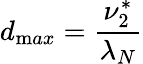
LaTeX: d_{\mathrm{m}ax}=\frac{\nu_{2}^{*}}{\lambda_{N}}